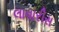
લાવારીસ